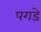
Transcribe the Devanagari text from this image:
पगडे